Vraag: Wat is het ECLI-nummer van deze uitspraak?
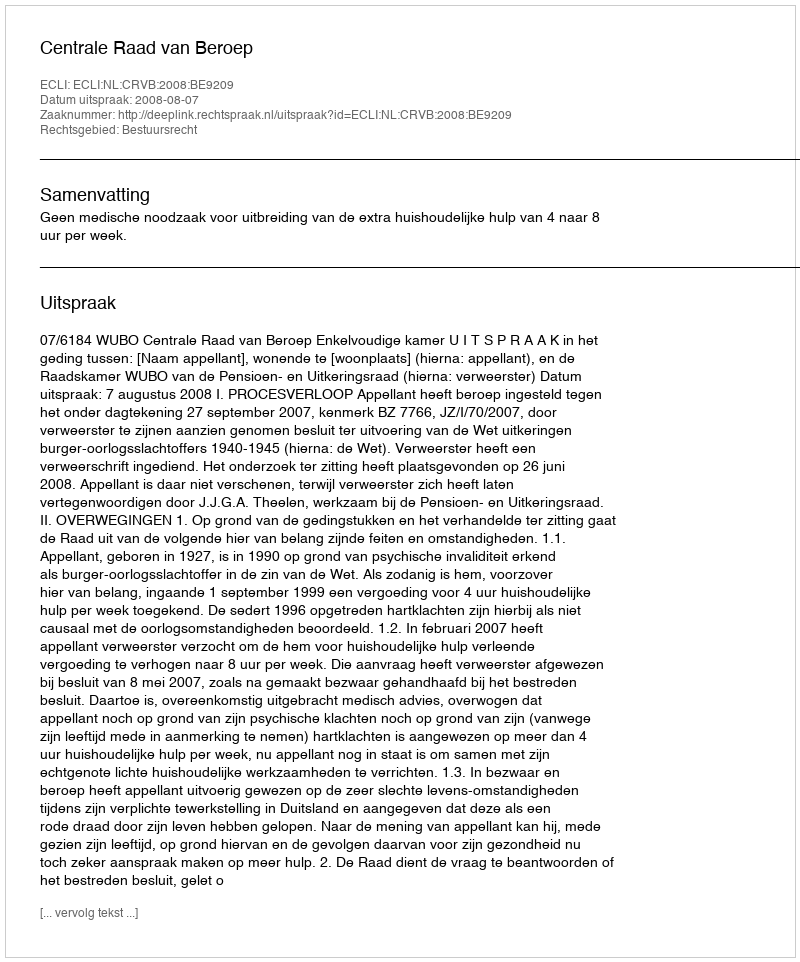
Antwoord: ECLI:NL:CRVB:2008:BE9209